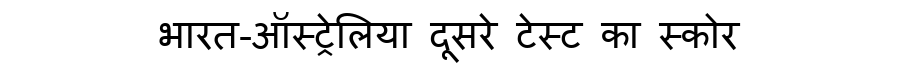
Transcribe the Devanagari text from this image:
भारत-ऑस्ट्रेलिया दूसरे टेस्ट का स्कोर